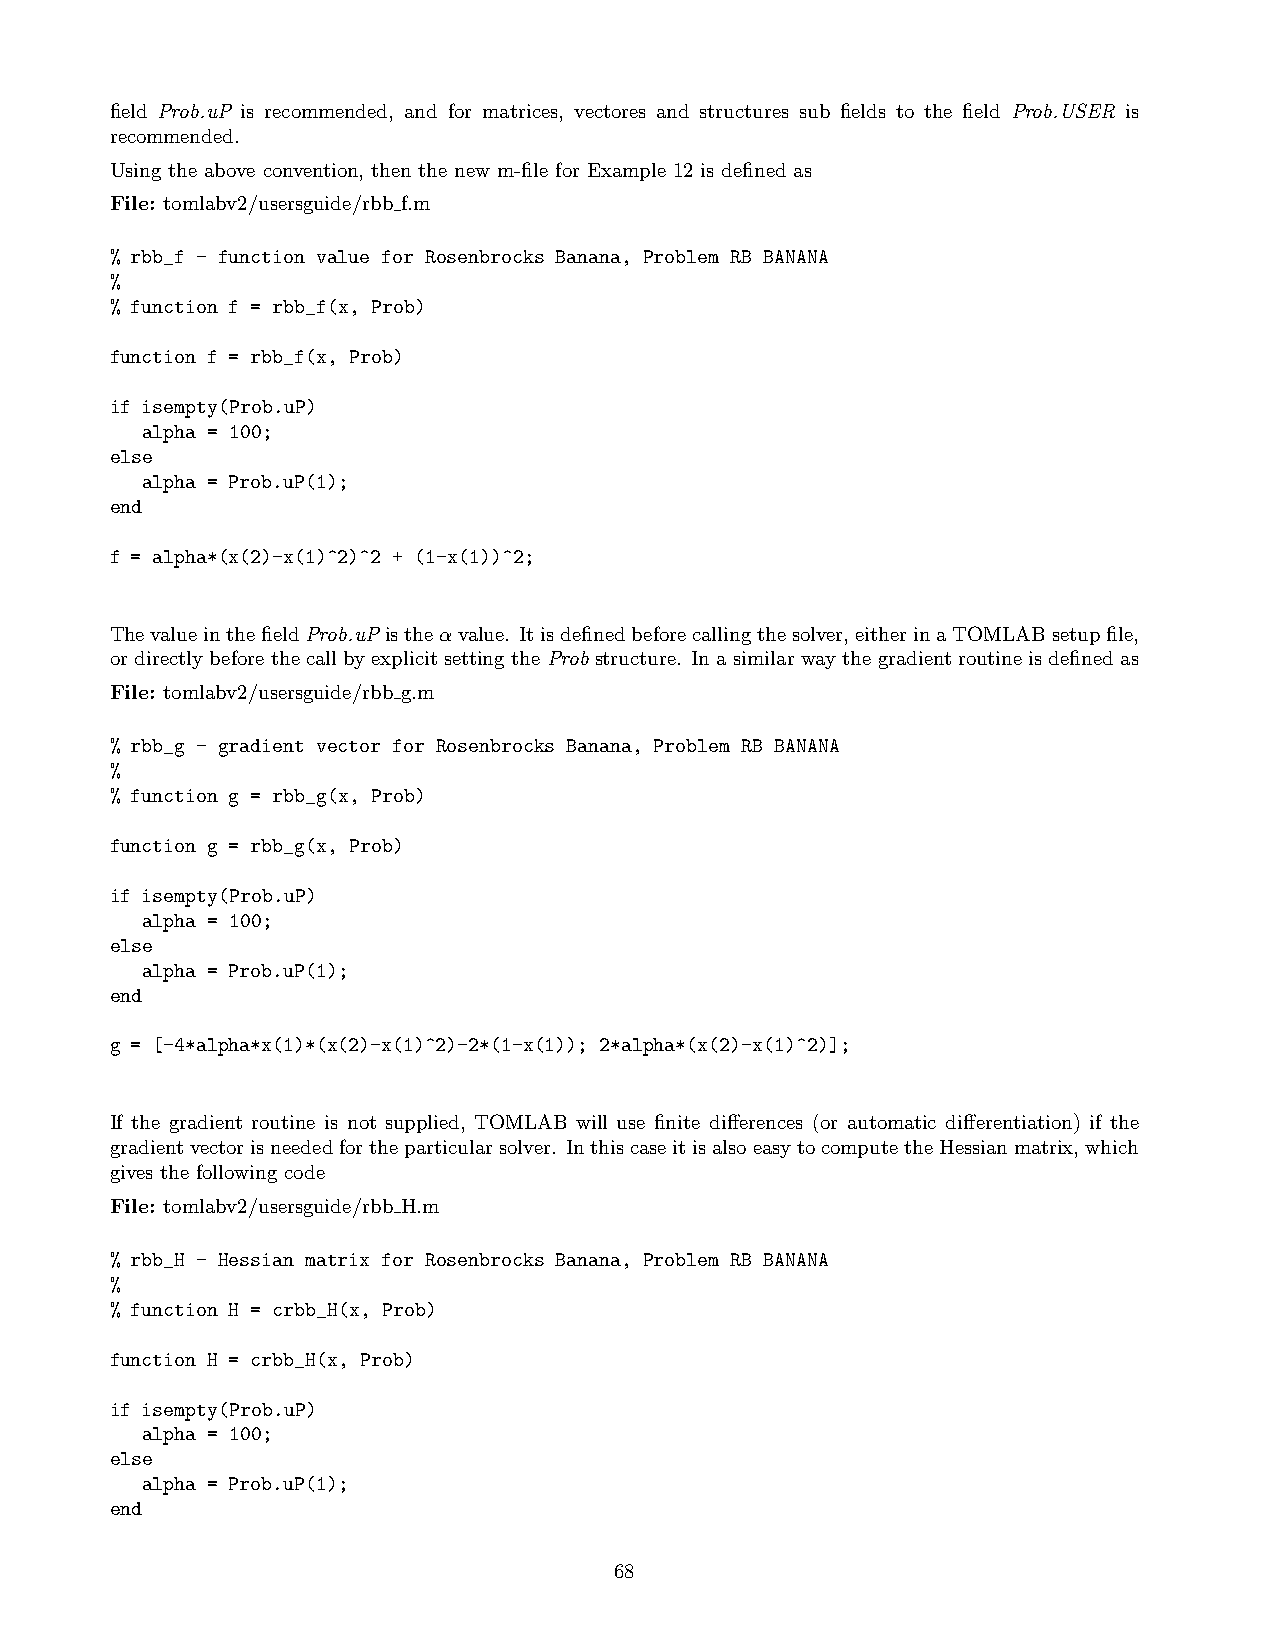
field Prob.uP is recommended, and for matrices, vectores and structures sub fields to the field Prob.USER is
 recommended.
 Using the above convention, then the new m-file for Example 12 is defined as
 File: tomlabv2/usersguide/rbb f.m
 % rbb_f - function value for Rosenbrocks Banana, Problem RB BANANA
 %
 % function f = rbb_f(x, Prob)
 function f = rbb_f(x, Prob)
 if isempty(Prob.uP)
 alpha = 100;
 else
 alpha = Prob.uP(1);
 end
 f = alpha*(x(2)-x(1)^2)^2 + (1-x(1))^2;
 ThevalueinthefieldProb.uPistheαvalue. Itisdefinedbeforecallingthesolver,eitherinaTOMLABsetupfile,
 or directly beforethecall byexplicit setting theProbstructure. Inasimilar way thegradient routine is definedas
 File: tomlabv2/usersguide/rbb g.m
 % rbb_g - gradient vector for Rosenbrocks Banana, Problem RB BANANA
 %
 % function g = rbb_g(x, Prob)
 function g = rbb_g(x, Prob)
 if isempty(Prob.uP)
 alpha = 100;
 else
 alpha = Prob.uP(1);
 end
 g = [-4*alpha*x(1)*(x(2)-x(1)^2)-2*(1-x(1)); 2*alpha*(x(2)-x(1)^2)];
 If the gradient routine is not supplied, TOMLAB will use finite differences (or automatic differentiation) if the
 gradientvectorisneededfortheparticularsolver. InthiscaseitisalsoeasytocomputetheHessianmatrix,which
 gives the following code
 File: tomlabv2/usersguide/rbb H.m
 % rbb_H - Hessian matrix for Rosenbrocks Banana, Problem RB BANANA
 %
 % function H = crbb_H(x, Prob)
 function H = crbb_H(x, Prob)
 if isempty(Prob.uP)
 alpha = 100;
 else
 alpha = Prob.uP(1);
 end
 68